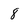
Character: 8